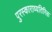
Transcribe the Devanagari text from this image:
पुरस्काराव्यतिरिक्त